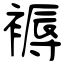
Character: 褥